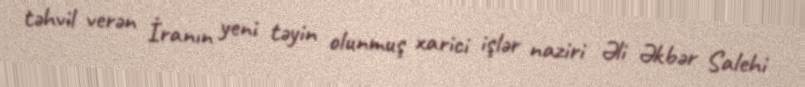
təhvil verən İranın yeni təyin olunmuş xarici işlər naziri Əli Əkbər Salehi